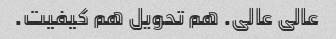
عالی عالی. هم تحویل هم کیفیت.